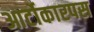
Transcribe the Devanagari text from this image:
आर्टोकारपस